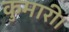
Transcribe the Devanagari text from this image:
कुमारी।